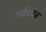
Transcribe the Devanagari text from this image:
कर्कध्वज